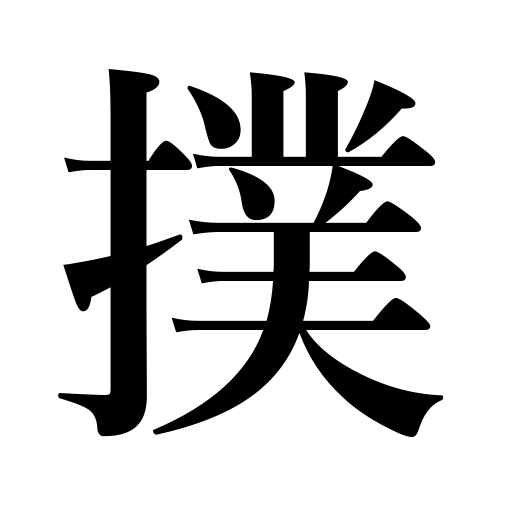
Meanings: touch,impress,clap one's hands,strike,knock,beat a drum,present a play,play checkers,smite,ring a bell,cast a net,thrash,clocks strike,prepare buckwheat noodles,shoot,temper a sword,pay earnest money,hit,punch,till the soil,slap,water,sprinkle,braid,beat,pound in a nail